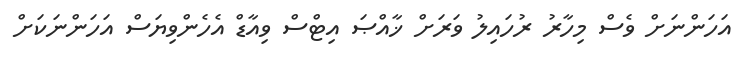
އަހަންނަށް ވެސް މިހާރު ރުހައިލު ވަރަށް ޚާއްޞަ އިޓްސް ވިއާޑް އެހެންވިޔަސް އަހަންނަކަށް